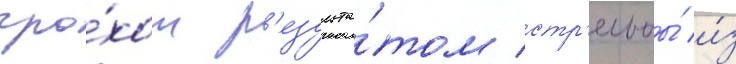
гро́хот р'езульта́том стр'ельбы́ и́з